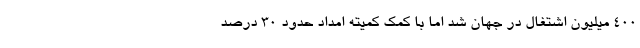
۴۰۰ میلیون اشتغال در جهان شد اما با کمک کمیته امداد حدود ۳۰ درصد